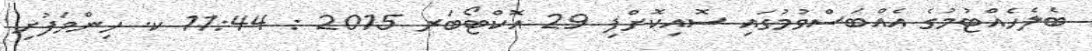
ބެލެހެއްޓުމުގެ އެއްބަސްވުމުގައި ސޮއިކޮށްފި 29 އޮކްޓޯބަރ 2015 : 11:44 ކ. ހިންމަފުށި